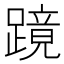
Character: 𬧎